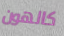
كالهون